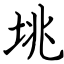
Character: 垗